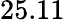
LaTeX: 25.11